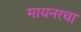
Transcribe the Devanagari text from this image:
मायनरचा